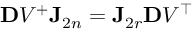
\ensuremath { \mathbf Ḋ V Ḍ } ^ { + } \mathbf J _ { 2 n } = \mathbf J _ { 2 r } \ensuremath { \mathbf Ḋ V Ḍ } ^ { \top }